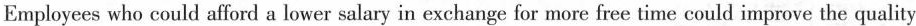
Employees who could afford a lower salary in exchange for more free time could improve the quality